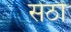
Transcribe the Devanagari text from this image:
सेठो